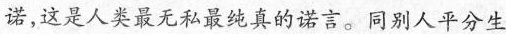
诺，这是人类最无私最纯真的诺言。同别人平分生